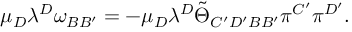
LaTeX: \mu _ { D } \lambda ^ { D } \omega _ { B B ^ { \prime } } = - \mu _ { D } \lambda ^ { D } \tilde { \Theta } _ { C ^ { \prime } D ^ { \prime } B B ^ { \prime } } \pi ^ { C ^ { \prime } } \pi ^ { D ^ { \prime } } .